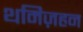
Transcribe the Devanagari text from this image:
थमिज़हन